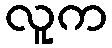
လူက